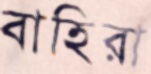
বাহিরা